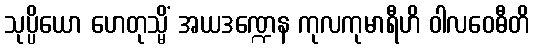
သုပ္ပိယော ဟေတုသ္မိံ အယဒဏ္ဍေန ကုလကုမာရီဟိ ဝါလဝေဓီတိ